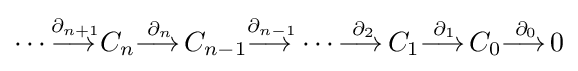
\dotsb {\overset {\partial _{n+1}}{\longrightarrow \,}}C_{n}{\overset {\partial _{n}}{\longrightarrow \,}}C_{n-1}{\overset {\partial _{n-1}}{\longrightarrow \,}}\dotsb {\overset {\partial _{2}}{\longrightarrow \,}}C_{1}{\overset {\partial _{1}}{\longrightarrow \,}}C_{0}{\overset {\partial _{0}}{\longrightarrow \,}}0